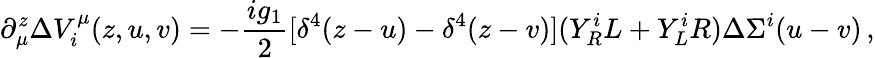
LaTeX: \partial_{\mu}^{z}\Delta V_{i}^{\mu}(z,u,v)=-\frac{ig_{1}}{2}[\delta^{4}(z-u)-\delta^{4}(z-v)](Y_{R}^{i}L+Y_{L}^{i}R)\Delta\Sigma^{i}(u-v)\, ,